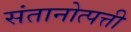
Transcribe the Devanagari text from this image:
संतानोत्पत्ती